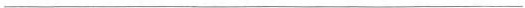
___